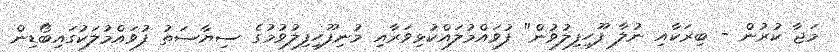
މަޖާ ކުރުން - ބިރަކާއި ނުލާ ފޫހިފިލުވުން" ފުވައްމުލައްކުޅިވަރާއި މުނިފޫހިފިލުވުމުގެ ސިޔާސަތު ފުވައްމުލަކުގައިބޯޑިން